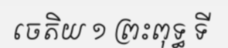
ចេតិយ ១ ព្រះពុទ្ធ ទី